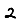
Digit: 2